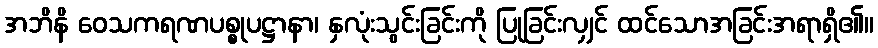
အဘိနိ ဝေသကရဏပစ္စုပဋ္ဌာနာ၊ နှလုံးသွင်းခြင်းကို ပြုခြင်းလျှင် ထင်သောအခြင်းအရာရှိ၏။